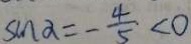
\sin \alpha = - \frac { 4 } { 5 } < 0